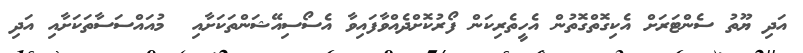
އަދި ޔޫތު ސެންޓަރަށް އެކިގޮތްގޮތުން އެހީތެރިކަން ފޯރުކޮށްދެއްވާފައިވާ އެސޯސިއޭޝަންތަކަށާއި  މުއައްސަސާތަކަށާއި އަދި